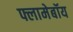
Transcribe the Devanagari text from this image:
फ्लामेबॉय